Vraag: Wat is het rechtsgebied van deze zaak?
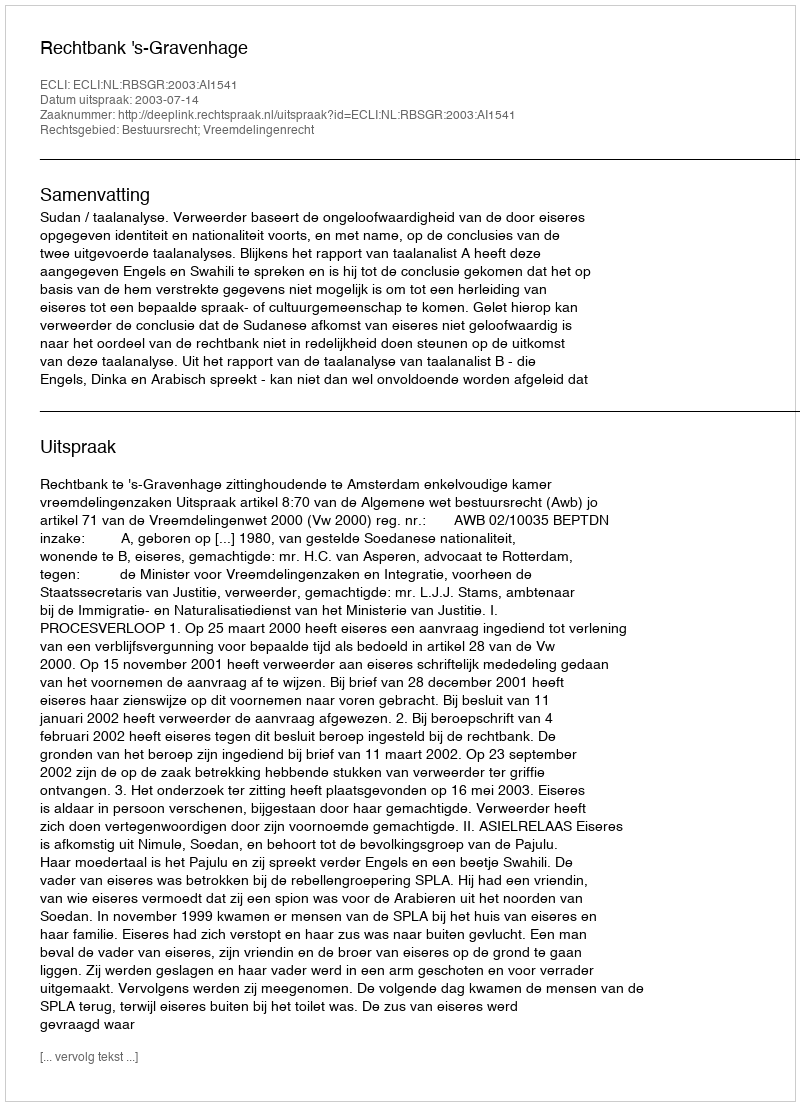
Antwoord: Bestuursrecht; Vreemdelingenrecht